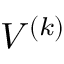
V ^ { ( k ) }